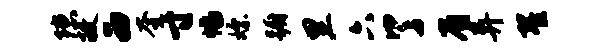
隙敝西奎寸幅嫖蹰里六了眉异翟